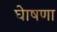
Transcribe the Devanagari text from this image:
घेाषणा